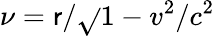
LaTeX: \nu=\mathsf{r}/\sqrt{}{{1-v^{2}/c^{2}}}